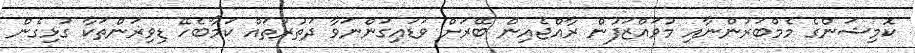
ކޮމިޝަންގެ މެމްބަރުންނާއި މުވައްޒަފުން ރާއްޖެއިން ބޭރަށް ވަޑައިގަންނަވާ ދަތުރުތައް ކަމާބެހޭ ޑިވިޜަންތަކާ ގުޅިގެން